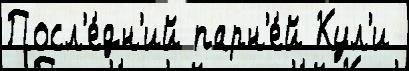
Посл'е́дн'ий парн'е́й Кул'и